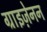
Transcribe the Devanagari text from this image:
ग्राइज़ेनन